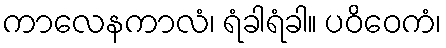
ကာလေနကာလံ၊ ရံခါရံခါ။ ပဝိဝေကံ၊